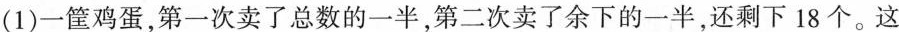
(1)一筐鸡蛋，第一次卖了总数的一半，第二次卖了余下的一半，还剩下18个。这